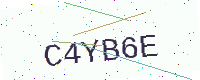
Text: C4YB6E